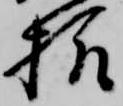
様